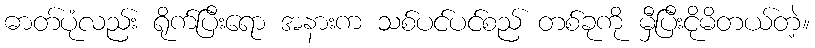
ဓာတ်ပုံလည်း ရိုက်ပြီးရော အနားက သစ်ပင်ပင်စည် တစ်ခုကို မှီပြီးငိုမိတယ်တဲ့။